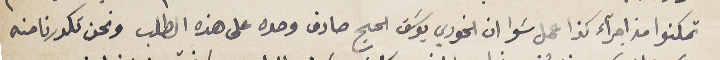
تمكنوا من اجرآء كذا عمل سَوا ان الخوري يوسَف الحج صادق وحده على هذه الطلب ونحن تكدرنا منه